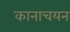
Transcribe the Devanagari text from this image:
कानाचयन